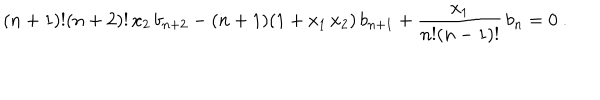
( n + 1 ) ! ( n + 2 ) ! \, x _ { 2 } \, b _ { n + 2 } - ( n + 1 ) ( 1 + x _ { 1 } \, x _ { 2 } ) \, b _ { n + 1 } + { \frac { x _ { 1 } } { n ! ( n - 1 ) ! } } \, b _ { n } = 0 \ .